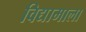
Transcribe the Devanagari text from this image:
विद्यामाला